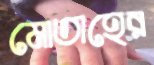
মোতাহের